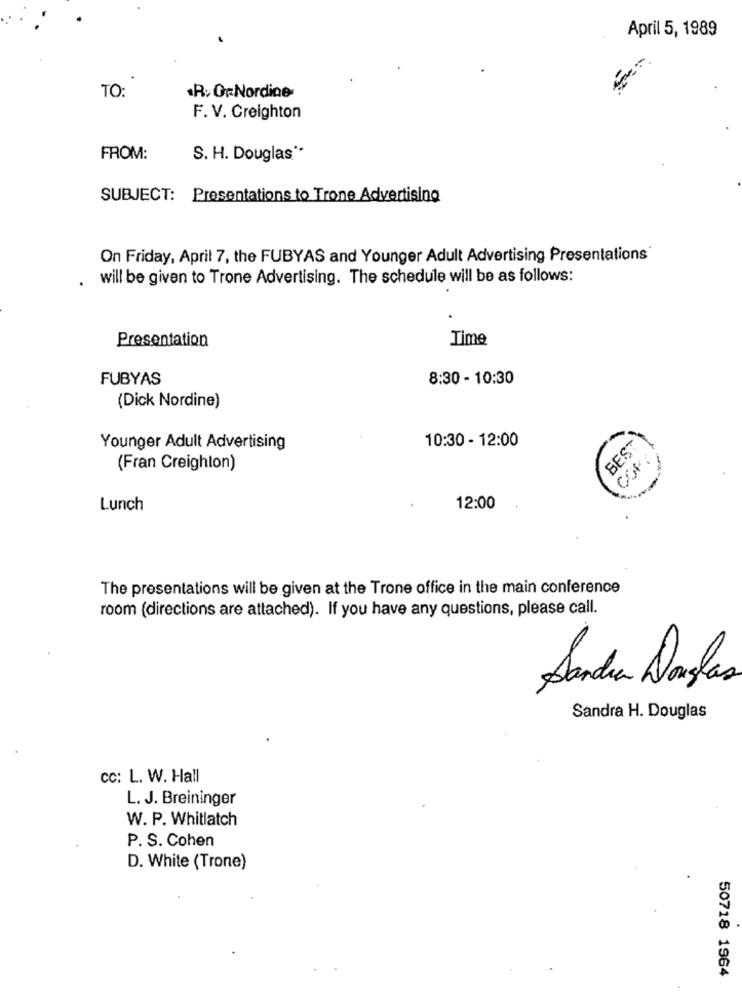
April 5, 1989
TO:
.R. OrNordine
F. V. Creighton
FROM:
S. H. Douglas **
SUBJECT: Presentations to Trone Advertising
On Friday, April 7, the FUBYAS and Younger Adult Advertising Presentations'
will be given to Trone Advertising. The schedule will be as follows:
Presentation
Time
FUBYAS
8:30 - 10:30
(Dick Nordine)
10:30 - 12:00
BEST
Younger Adult Advertising
COF:
(Fran Creighton)
Lunch
12:00
The presentations will be given at the Trone office in the main conference
room (directions are attached). If you have any questions, please call.
Sandra Douglas
Sandra H. Douglas
cc: L. W. Hall
L. J. Breininger
W. P. Whitlatch
P. S. Cohen
D. White (Trone)
50718 1964